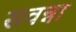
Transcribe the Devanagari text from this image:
सवन्ना